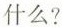
什么？